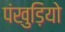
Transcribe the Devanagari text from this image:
पंखुड़ियो